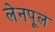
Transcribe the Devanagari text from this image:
लेनपूल